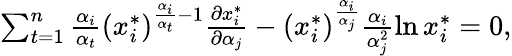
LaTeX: \begin{array}{r}{\sum_{t=1}^{n}\frac{\alpha_{i}}{\alpha_{t}}(x_{i}^{*})^{\frac{\alpha_{i}}{\alpha_{t}}-1}\frac{\partial x_{i}^{*}}{\partial\alpha_{j}}-(x_{i}^{*})^{\frac{\alpha_{i}}{\alpha_{j}}}\frac{\alpha_{i}}{\alpha_{j}^{2}}\ln x_{i}^{*}=0,}\end{array}